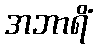
အဘာရိံ